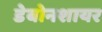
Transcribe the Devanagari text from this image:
डेबोनशायर